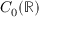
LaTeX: C _ { 0 } ( \mathbb { R } )